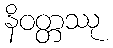
နိဝတ္တဿု